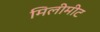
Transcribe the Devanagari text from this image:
मिलीमीट